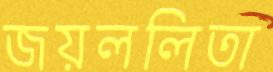
জয়ললিতা